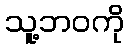
သူ့ဘဝကို